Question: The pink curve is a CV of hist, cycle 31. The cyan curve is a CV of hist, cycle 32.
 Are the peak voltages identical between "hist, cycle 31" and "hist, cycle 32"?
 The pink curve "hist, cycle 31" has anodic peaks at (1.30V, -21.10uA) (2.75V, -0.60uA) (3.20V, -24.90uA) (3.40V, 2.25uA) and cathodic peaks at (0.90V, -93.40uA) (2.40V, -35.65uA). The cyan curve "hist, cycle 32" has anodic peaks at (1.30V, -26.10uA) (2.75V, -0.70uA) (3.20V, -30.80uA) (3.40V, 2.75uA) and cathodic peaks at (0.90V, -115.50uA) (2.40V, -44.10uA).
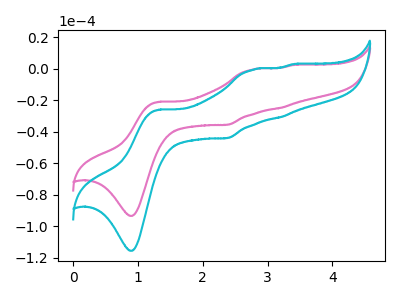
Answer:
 <answer>Yes, "hist, cycle 31" have a peak in "hist, cycle 32" at the same potential.</answer>
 <eval>match</eval>